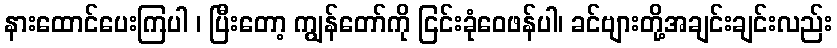
နားထောင်ပေးကြပါ ၊ ပြီးတော့ ကျွန်တော်ကို ငြင်းခုံဝေဖန်ပါ၊ ခင်ဗျားတို့အချင်းချင်းလည်း